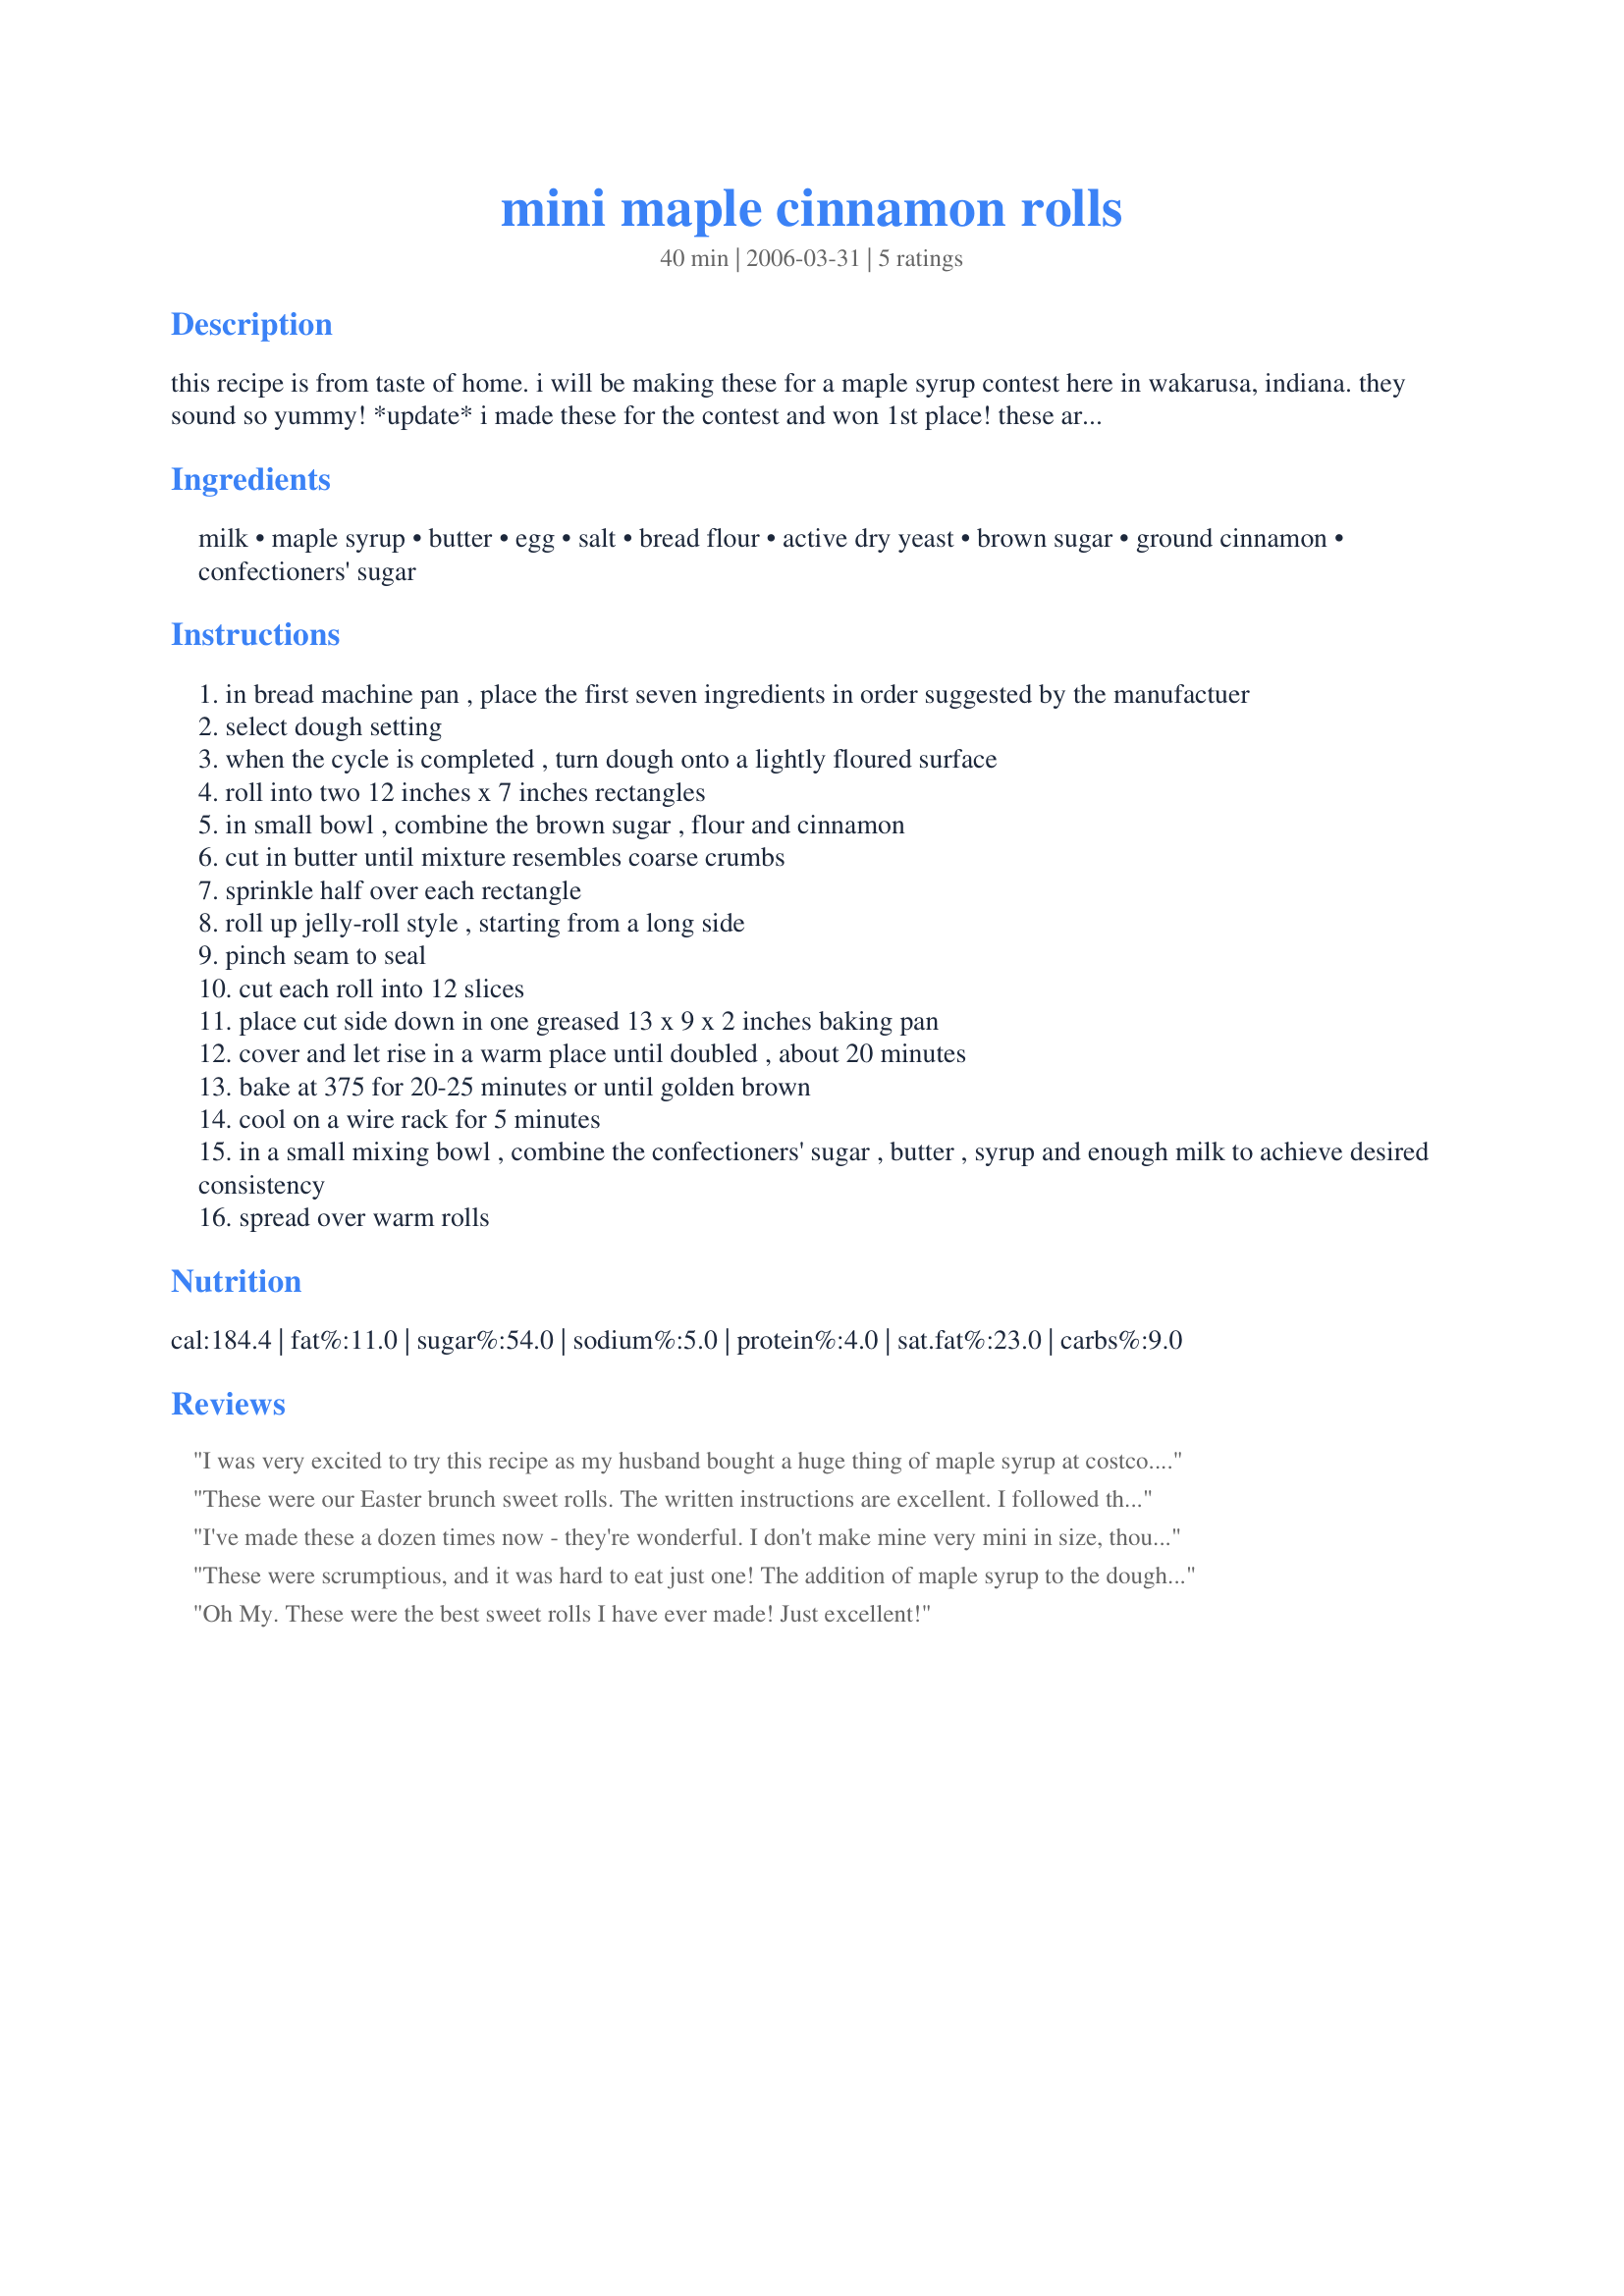
mini maple cinnamon rolls
Preparation time: 40 minutes

this recipe is from taste of home. i will be making these for a maple syrup contest here in wakarusa, indiana. they sound so yummy! *update* i made these for the contest and won 1st place! these are really good!

Ingredients:
milk, maple syrup, butter, egg, salt, bread flour, active dry yeast, brown sugar, ground cinnamon, confectioners' sugar

Steps:
in bread machine pan , place the first seven ingredients in order suggested by the manufactuer
select dough setting
when the cycle is completed , turn dough onto a lightly floured surface
roll into two 12 inches x 7 inches rectangles
in small bowl , combine the brown sugar , flour and cinnamon
cut in butter until mixture resembles coarse crumbs
sprinkle half over each rectangle
roll up jelly-roll style , starting from a long side
pinch seam to seal
cut each roll into 12 slices
place cut side down in one greased 13 x 9 x 2 inches baking pan
cover and let rise in a warm place until doubled , about 20 minutes
bake at 375 for 20-25 minutes or until golden brown
cool on a wire rack for 5 minutes
in a small mixing bowl , combine the confectioners' sugar , butter , syrup and enough milk to achieve desired consistency
spread over warm rolls

Reviews:
I was very excited to try this recipe as my husband bought a huge thing of maple syrup at costco. I made the rolls regular sized instead of mini and they were scrumpsh. I think I'll do the filling mixture in the food processor next time to see how that works out. (I melted my butter which I normally never do making cinnamon rolls but I was rushing and of course it leaked out as I was cutting the rolls. Just kind of spooned it on top, still tasted delicious.) I also had to cover my rolls towards the end of baking with foil since I felt like the tops were baking too quickly (I think it's my oven as I have this problem every time I make cinnamon rolls). The icing tasted too powdered sugary so I added in a few drops of almond extract, vanilla extract and cinnamon, plus another tsp or so of maple syrup, that perked it right up and made the icing worthy of these yummy rolls. Thank you for posting this, I am always on the lookout for fun new cinnamon roll recipes and this one is a keeper for sure!
These were our Easter brunch sweet rolls. The written instructions are excellent. I followed them exactly. The dough was a dream to work with. I appreciated being given the dimensions of the rectangle for rolling out the dough. Bake times were right on target. Everyone loved these rolls.
I've made these a dozen times now - they're wonderful. I don't make mine very mini in size, though. I usually add a tsp of maple flavoring to the dough and icing.
These were scrumptious, and it was hard to eat just one! The addition of maple syrup to the dough really added to the flavor. They baked up beautifully in only 15 minutes in my oven, and were tender and moist. I omitted the icing, but the cinnamon rolls were absolutely delicious without it. I'll definitely be baking these again, and very soon! Thanks so much for posting, Courtly!
Oh My. These were the best sweet rolls I have ever made! Just excellent!
